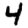
Digit: 4